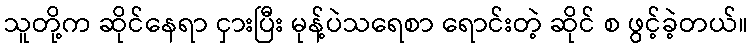
သူတို့က ဆိုင်နေရာ ငှားပြီး မုန့်ပဲသရေစာ ရောင်းတဲ့ ဆိုင် စ ဖွင့်ခဲ့တယ်။